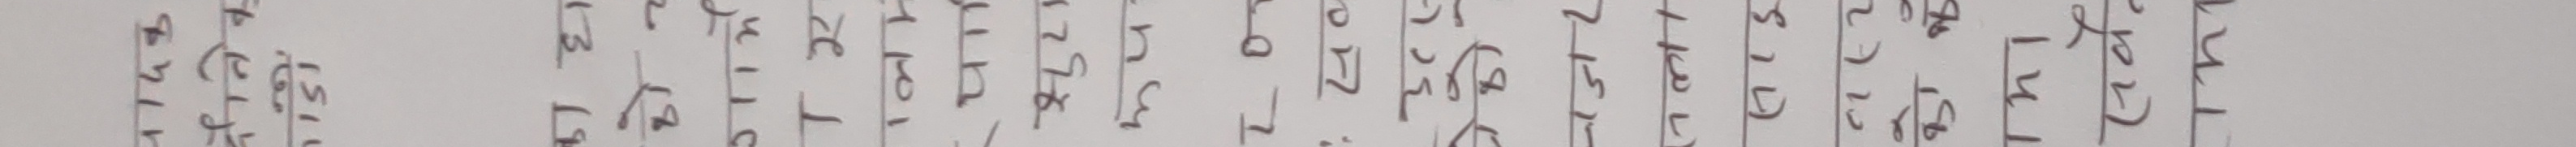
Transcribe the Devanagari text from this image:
९०/५३६ १३०/४७५ २१६/२३० ८८/१८५ १५५/१७५ ३२/२८९ १२/१४० १५/४०० २३०/४७३ २१५/४३० ६८/८७५ १४०/८८० ३५/१२५ १३०/४१५ २२/३७० ५०/६८० २०/२३० १३/४६० १८/२८० १४/१९० १७/४०० १६/३८० ४०/५८० १०/५६० ४५/३७० ११/१४५ ३४/२७५ ७०/८९० २१/४३५ ४२/४८० ६५/३८५ ५०/५८० ३५/२४५ १३/४३५ ३४/३५५ ७१/४५५ ४०/६०० ६५/३८५ ५५/४८५ ४२/४८० २४/१३५ ३५/५८० ३७/५९० ६०/२८० १८/१३० ७०/७३० ८०/३९० १२५/४८० १३५/२३० १०८/४३० १२५/८४० १८०/५९० १४५/३६० ८०/४०० ९०/३९० १२५/४८० २४०/६०० ३००/४३० १४५/३६० ५५/१८० ५५/१७० ४०/१६० १०/१३५ ८०/१७० १४०/२५० ५०/१४० ४०/२०० ३००/६४५ १८५/३९० ७५/१०० ३४०/८२० ४००/१२०० ११०/३३० ५०/२२० १०/१७० १००/३४० २००/३३५ २८०/३९० ३४०/८३० ५००/१४१० ९००/१६४० २००/३३० १२०/२६० २६०/४४० २००/३८० १८०/३०० ३५०/४९० ४००/९९० ३००/४२० ५००/१४०० २८०/५५० ८०/१७० ३८०/६६० ४००/७०० ११०/२३० ९०/१८० ६०/१८० २५/११० ४०/१२० ४५/३६० ७०/७०० ६८०/१६०० ७५/१०० २४०/४१० ३४५/४९० २००/३८० १६०/२५० ३८०/६६० ४००/१४०० १८०/४१० ३००/४२० २८०/५५० ५०/१४० २००/३८०